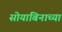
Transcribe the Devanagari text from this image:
सोयाबिनाच्या